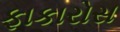
ફાકારોસ